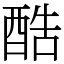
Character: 酷